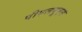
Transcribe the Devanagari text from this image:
पीएलयूएस